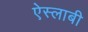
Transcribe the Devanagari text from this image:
ऐस्लाबी